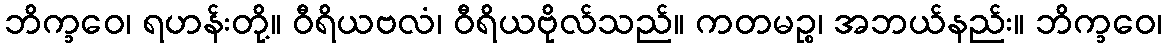
ဘိက္ခဝေ၊ ရဟန်းတို့။ ဝီရိယဗလံ၊ ဝီရိယဗိုလ်သည်။ ကတမဉ္စ၊ အဘယ်နည်း။ ဘိက္ခဝေ၊